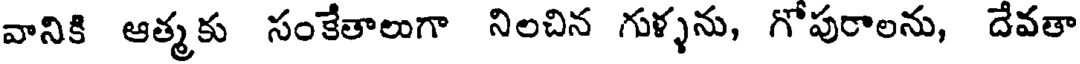
వానికి ఆత్మకు సంకేతాలుగా నిలచిన గుళ్ళను, గోపురాలను, దేవతా